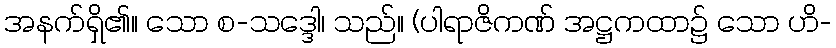
အနက်ရှိ၏။ သော စ-သဒ္ဒေါ၊ သည်။ (ပါရာဇိကဏ် အဋ္ဌကထာ၌ သော ဟိ-